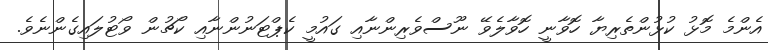
އެންމެ މޮޅު ކުޅުންތެރިޔާ ހޮވާނީ ހޮވާލެވޭ ނޫސްވެރިންނާއި ގައުމީ ކެޕްޓަނުންނާއި ކޯޗުން ވޯޓުލައިގެންނެވެ.